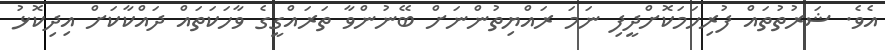
އެވެ. ޝަރުތުތައް ފުރިހަމަކޮށްދީފި ނަމަ ރައްޔިތުންނަށް ބޭނުންވާ ތަރައްގީގެ ވާހަކަތައް ދައްކާކަށް އިދިކޮޅު